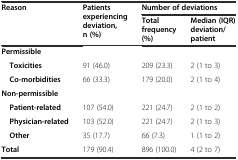
<table><thead><tr><td rowspan="2"><b>Reason</b></td><td rowspan="2"><b>Patients experiencing deviation, n (%)</b></td><td colspan="2"><b>Number of deviations</b></td></tr><tr><td><b>Total frequency (%)</b></td><td><b>Median (IQR) deviation/patient</b></td></tr></thead><tbody><tr><td><b>Permissible</b></td><td></td><td></td><td></td></tr><tr><td> <b>Toxicities</b></td><td>91 (46.0)</td><td>209 (23.3)</td><td>2 (1 to 3)</td></tr><tr><td> <b>Co-morbidities</b></td><td>66 (33.3)</td><td>179 (20.0)</td><td>2 (1 to 4)</td></tr><tr><td><b>Non-permissible</b></td><td></td><td></td><td></td></tr><tr><td> <b>Patient-related</b></td><td>107 (54.0)</td><td>221 (24.7)</td><td>2 (1 to 2)</td></tr><tr><td> <b>Physician-related</b></td><td>103 (52.0)</td><td>221 (24.7)</td><td>2 (1 to 3)</td></tr><tr><td> <b>Other</b></td><td>35 (17.7)</td><td>66 (7.3)</td><td>1 (1 to 2)</td></tr><tr><td><b>Total</b></td><td>179 (90.4)</td><td>896 (100.0)</td><td>4 (2 to 7)</td></tr></tbody></table>